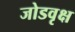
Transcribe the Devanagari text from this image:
जोडवृक्ष